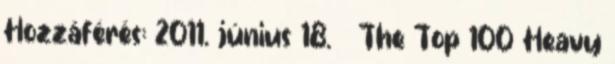
Hozzáférés: 2011. június 18. ↑ The Top 100 Heavy